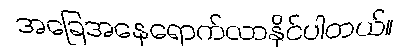
အခြေအနေရောက်လာနိုင်ပါတယ်။